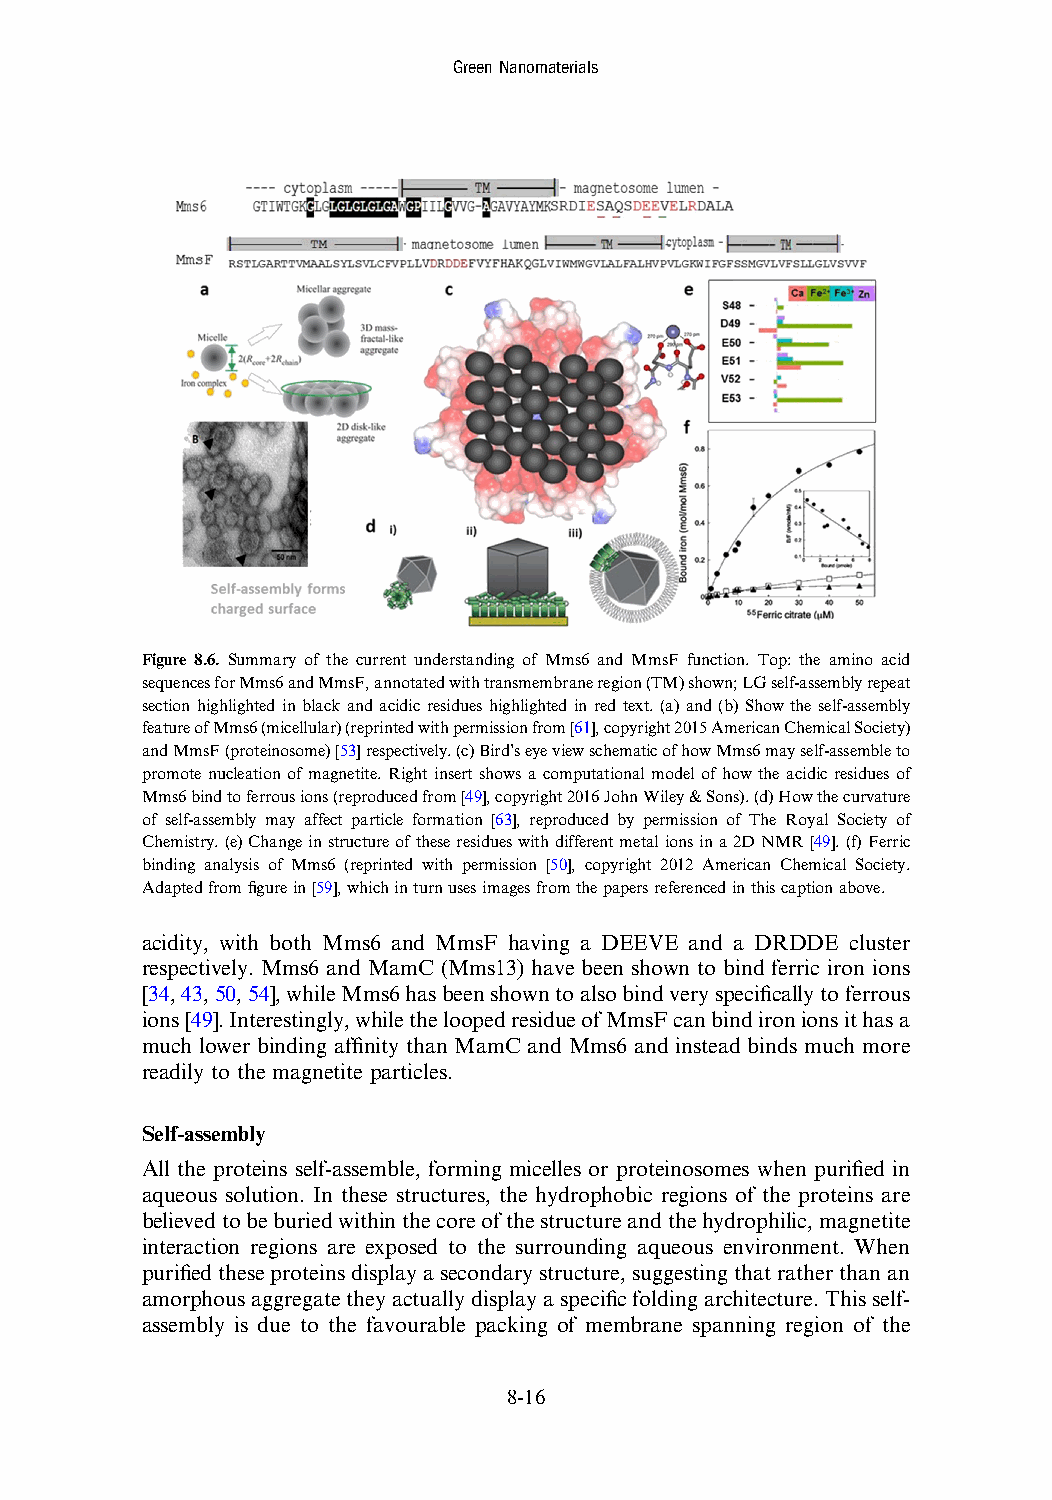
GreenNanomaterials
 Figure 8.6. Summary of the current understanding of Mms6 and MmsF function. Top: the amino acid
 sequencesforMms6andMmsF,annotatedwithtransmembraneregion(TM)shown;LGself-assemblyrepeat
 section highlighted in black and acidic residues highlighted in red text. (a) and (b) Show the self-assembly
 featureofMms6(micellular)(reprintedwithpermissionfrom[61],copyright2015AmericanChemicalSociety)
 andMmsF(proteinosome)[53]respectively.(c)Bird’seyeviewschematicofhowMms6mayself-assembleto
 promote nucleation of magnetite. Right insert shows a computational model of how the acidic residues of
 Mms6bindtoferrousions(reproducedfrom[49],copyright2016JohnWiley&Sons).(d)Howthecurvature
 of self-assembly may affect particle formation [63], reproduced by permission of The Royal Society of
 Chemistry.(e)Changeinstructureoftheseresidueswithdifferentmetalionsina2DNMR[49].(f)Ferric
 binding analysis of Mms6 (reprinted with permission [50], copyright 2012 American Chemical Society.
 Adaptedfromfigurein[59],whichinturnusesimagesfromthepapersreferencedinthiscaptionabove.
 acidity, with both Mms6 and MmsF having a DEEVE and a DRDDE cluster
 respectively. Mms6 and MamC (Mms13) have been shown to bind ferric iron ions
 [34,43,50,54],whileMms6hasbeenshowntoalsobindveryspecificallytoferrous
 ions[49].Interestingly,whiletheloopedresidueofMmsFcanbindironionsithasa
 much lower binding affinity than MamC and Mms6 and instead binds much more
 readily to the magnetite particles.
 Self-assembly
 All the proteins self-assemble, forming micelles or proteinosomes when purified in
 aqueous solution. In these structures, the hydrophobic regions of the proteins are
 believedtobeburiedwithinthecoreofthestructureandthehydrophilic,magnetite
 interaction regions are exposed to the surrounding aqueous environment. When
 purified these proteins display asecondary structure, suggesting that rather than an
 amorphousaggregatetheyactually display aspecific folding architecture. Thisself-
 assembly is due to the favourable packing of membrane spanning region of the
 8-16